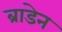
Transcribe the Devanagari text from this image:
ब्राडेन